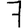
Digit: 7